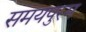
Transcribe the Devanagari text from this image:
समयपुरम